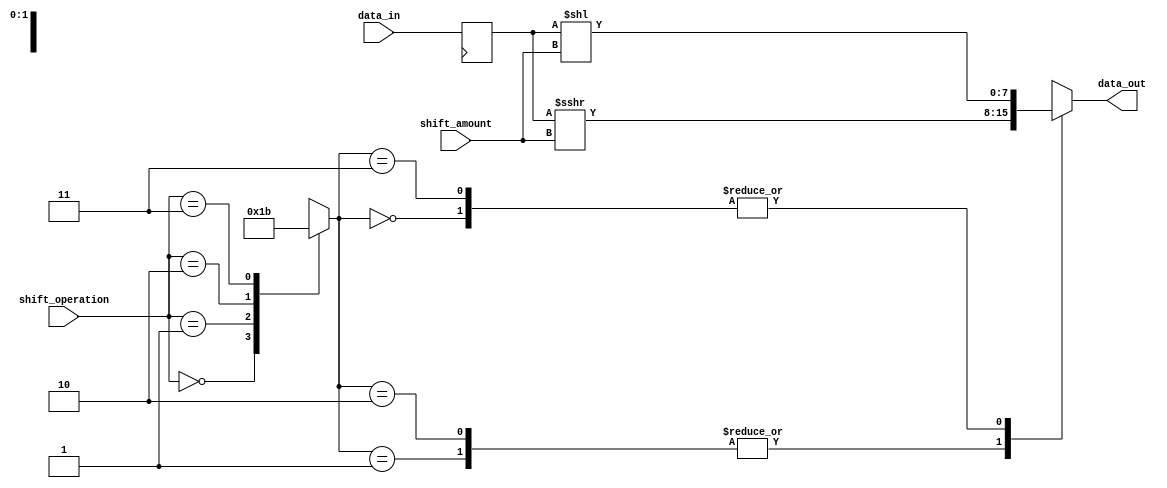
module SparseBarrelShifter (
    input wire [7:0] data_in,
    input wire [1:0] shift_amount,
    input wire [1:0] shift_operation,
    output reg [7:0] data_out
);

// Control unit to decode the shift operation
reg [1:0] shift_type;
always @*
begin
    case (shift_operation)
        2'b00: shift_type = 2'b00; // Logical shift left
        2'b01: shift_type = 2'b01; // Arithmetic shift right
        2'b10: shift_type = 2'b10; // Logical shift right
        2'b11: shift_type = 2'b11; // Arithmetic shift left
        default: shift_type = 2'b00; // Default to logical shift left
    endcase
end

// Input and output registers
reg [7:0] data_reg;
always @(posedge clk)
begin
    data_reg <= data_in;
end

// Arithmetic logic unit
reg [7:0] shifted_data;
always @*
begin
    case (shift_type)
        2'b00: shifted_data = data_reg << shift_amount; // Logical shift left
        2'b01: shifted_data = data_reg >>> shift_amount; // Arithmetic shift right
        2'b10: shifted_data = data_reg >>> shift_amount; // Logical shift right
        2'b11: shifted_data = data_reg << shift_amount; // Arithmetic shift left
        default: shifted_data = data_reg << shift_amount; // Default to logical shift left
    endcase
end

// Output logic
always @*
begin
    data_out = shifted_data;
end

// Barrel shifter unit
// Assume a separate module for Barrel shifter implementation

endmodule